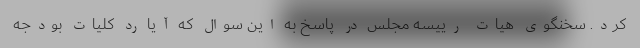
کرد. سخنگوی هیات رییسه مجلس در پاسخ به این سوال که آیا رد کلیات بودجه